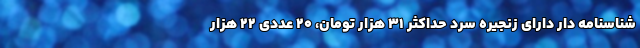
شناسنامه دار دارای زنجیره سرد حداکثر ۳۱ هزار تومان، ۲۰ عددی ۲۲ هزار